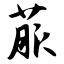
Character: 菔